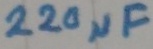
Text: 220µF